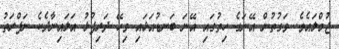
ޖުމްލައެވެ. ވަގުތުން އޭނަގެ ހިތުގައި އޭނަ ބަނޑުއަޅައި ވިހޭ ދަރިފުޅު އަލައިނާދެކެ ނަފްރަތު